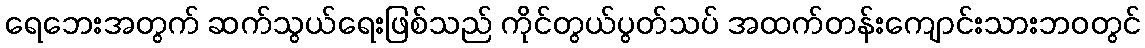
ရေဘေးအတွက် ဆက်သွယ်ရေးဖြစ်သည် ကိုင်တွယ်ပွတ်သပ် အထက်တန်းကျောင်းသားဘဝတွင်